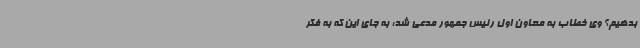
بدهیم؟ وی خطاب به معاون اول رئیس جمهور مدعی شد: به جای این که به فکر